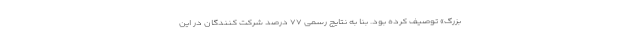
بزرگ» توصیف کرده بود. بنا به نتایج رسمی ۷۷ درصد شرکت کنندگان در این